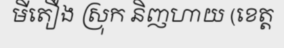
មីតឿង ស្រុក និញហាយ (ខេត្ត